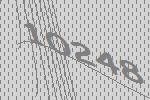
10248